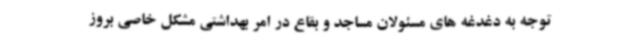
توجه به دغدغه های مسئولان مساجد و بقاع در امر بهداشتی مشکل خاصی بروز